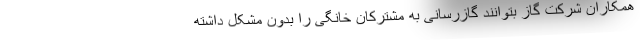
همکاران شرکت گاز بتوانند گازرسانی به مشترکان خانگی را بدون مشکل داشته